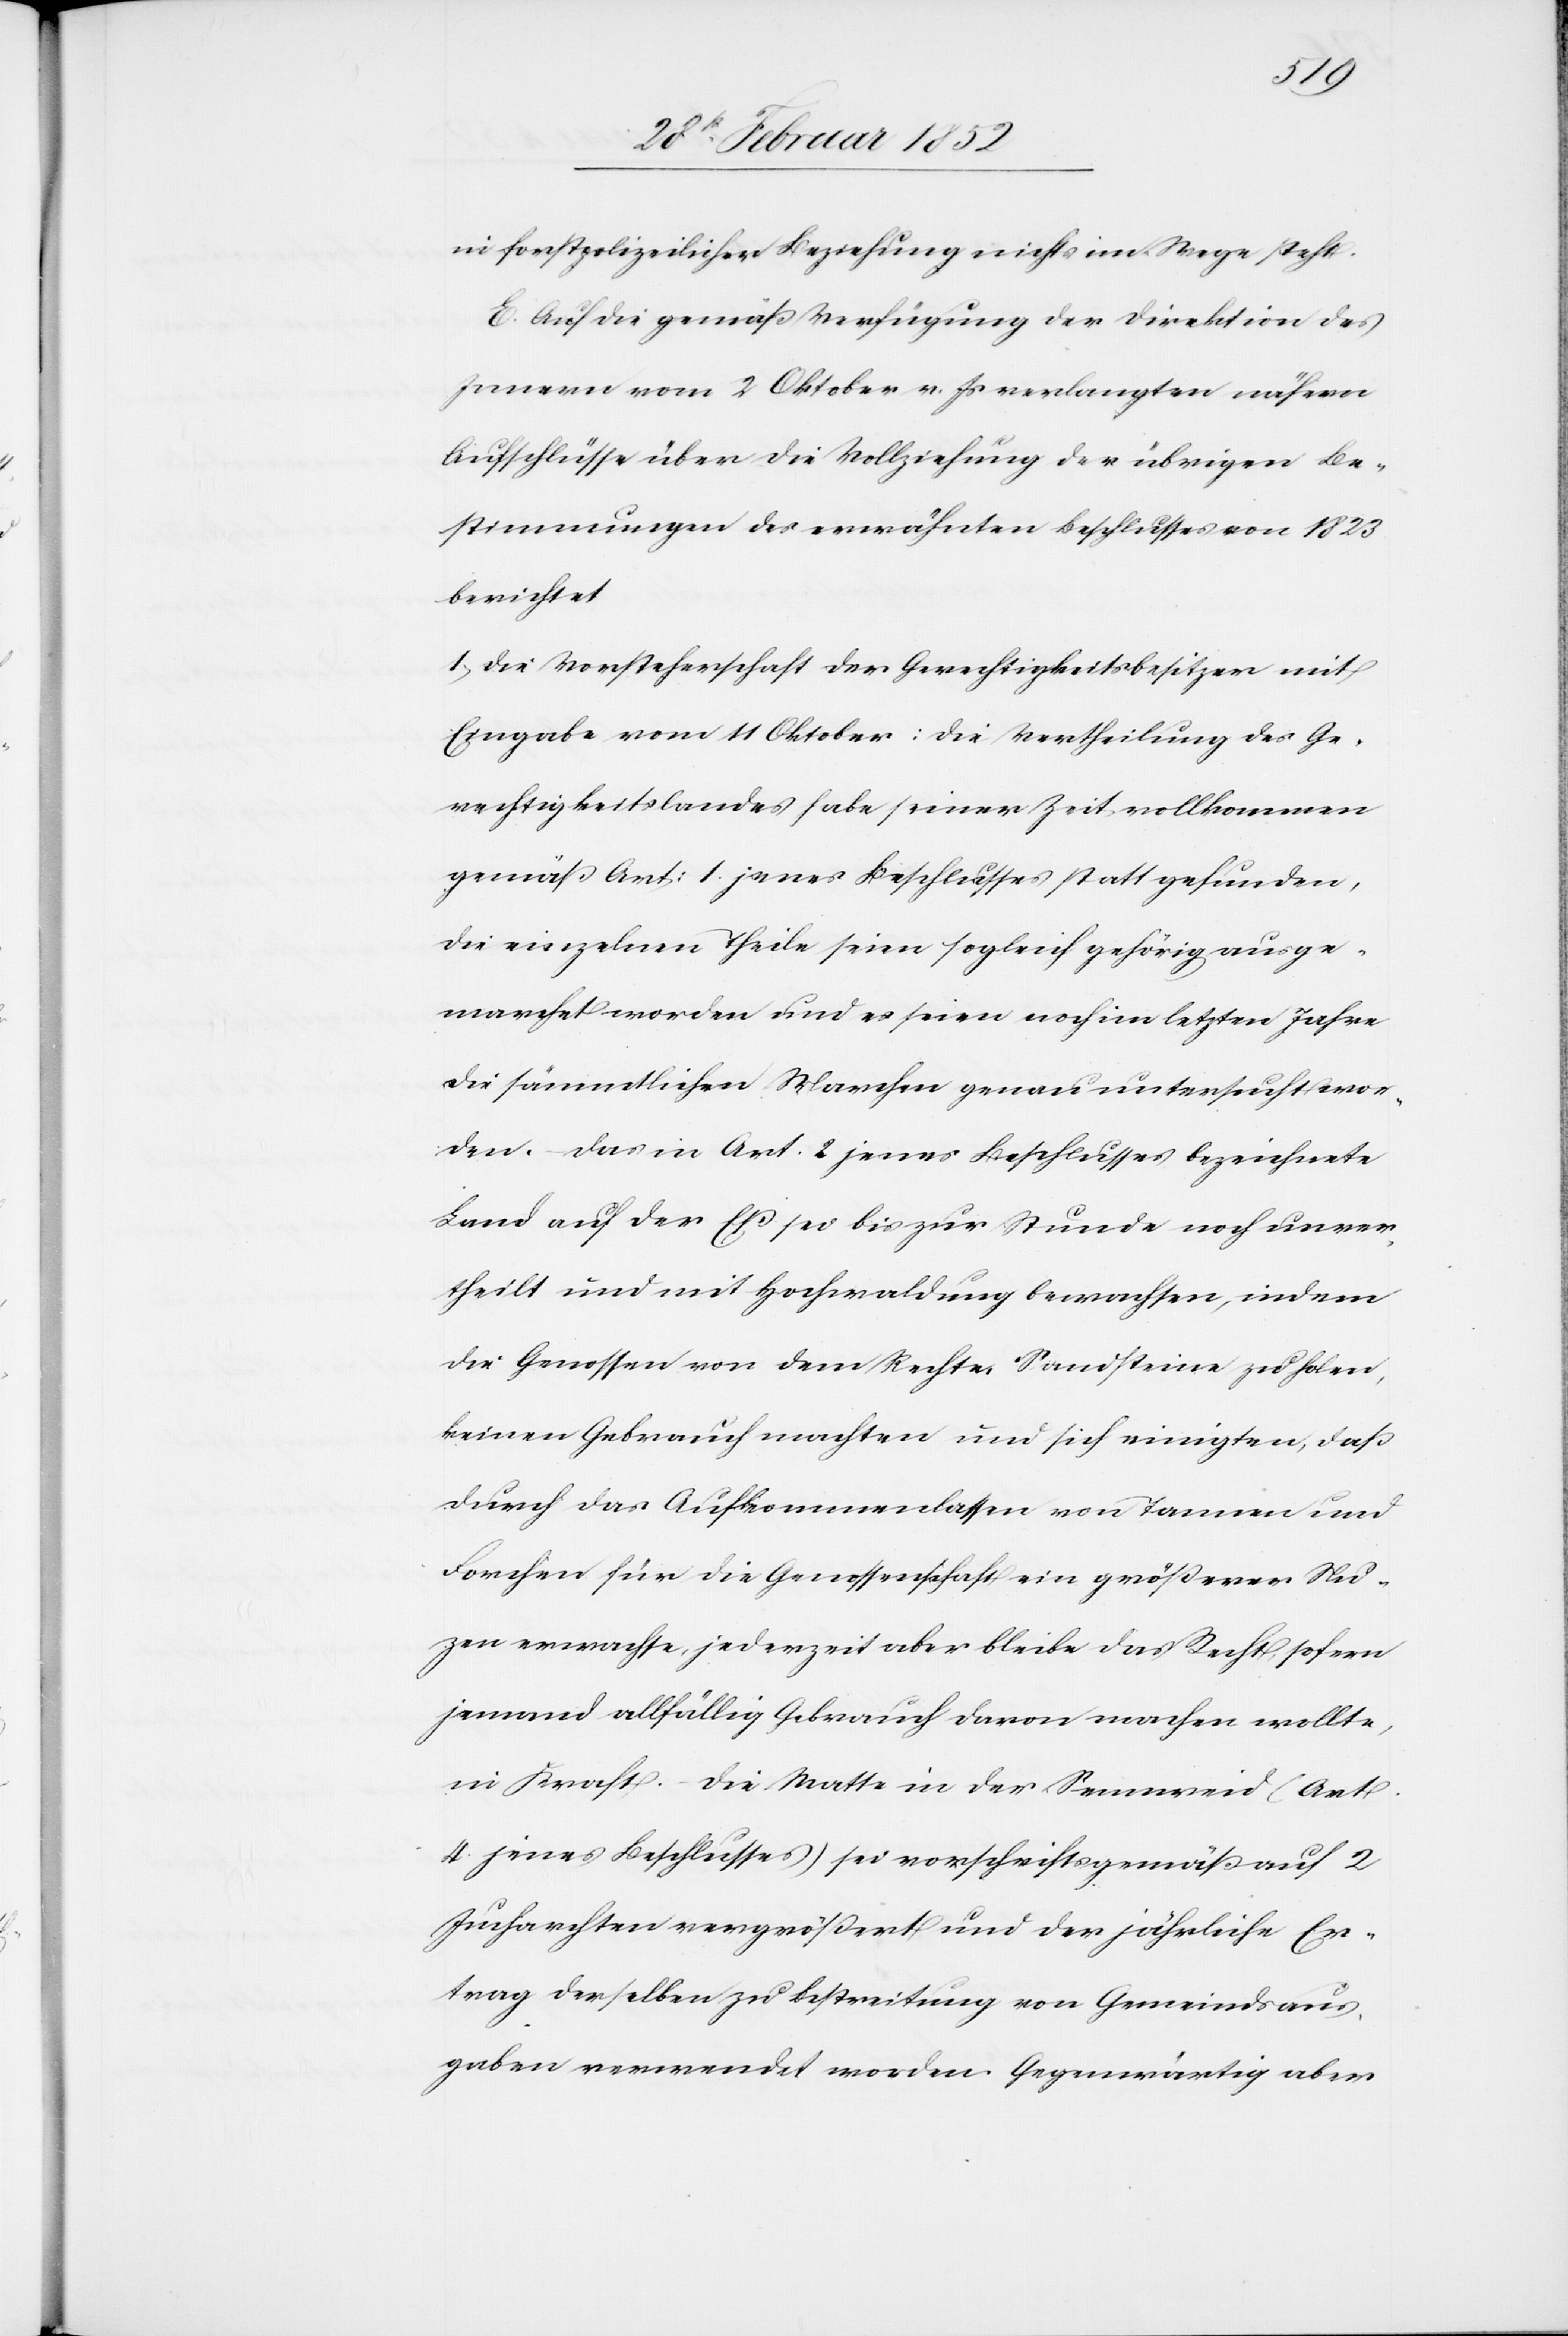
in forstpolizeilicher Beziehung nichts im Wege steht.
E. Auf die gemäß Verfügung der Direktion des
Innern vom 2 Oktober v. Js verlangten nähern
Aufschlüsse über die Vollziehung der übrigen Be¬
stimmungen des erwähnten Beschlusses von 1823
berichtet
1.) Die Vorsteherschaft der Gerechtigkeitsbesitzer mit
Eingabe vom 11 Oktober: Die Vertheilung des Ge¬
rechtigkeitslandes habe seiner Zeit vollkommen
gemäß Art: 1 jenes Beschlusses statt gefunden,
die einzelnen Theile seien sogleich gehörig ausge¬
marchet worden und es seien noch im letzten Jahre
die sämmtlichen Marchen genau untersucht wor¬
den. Das in Art. 2 jenes Beschlusses bezeichnete
Land auf der Eß sei bis zur Stunde noch unver¬
theilt und mit Hochwaldung bewachsen, indem
die Genossen von dem Rechte Sandsteine zu holen,
keinen Gebrauch machten und sich einigten, daß
durch das Aufkommenlassen von Tannen und
Forchen für die Genossenschaft ein größerer Nut¬
zen erwachse, jederzeit aber bleibe das Recht, sofern
jemand allfällig Gebrauch davon machen wollte,
in Kraft. Die Matte in der Sennweid (Art.
4 jenes Beschlusses) sei vorschriftsgemäß auf 2
Jucharten vergrößert und der jährliche Er¬
trag derselben zu Bestreitung von Gemeindsaus¬
gaben verwendet worden. Gegenwärtig aber